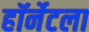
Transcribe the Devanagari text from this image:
हॉर्नेटला